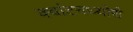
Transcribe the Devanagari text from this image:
क्‍वांटनथ्‍योरी